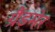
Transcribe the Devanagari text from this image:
ग्रैंडमेर